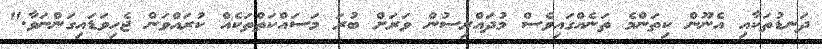
ދަނޑުތަކާއި އެނޫން ކިތަންމެ ތަނެއްގައިވެސް މުދައްރިސުން ވަރަށް ބުރަ މަސައްކަތްތަކެއް ކުރައްވަން ޖެހިވަޑައިގަންނަވާ."